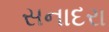
સનાદરા